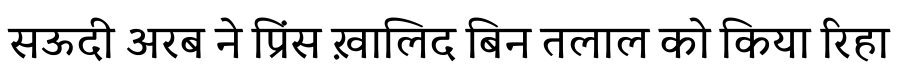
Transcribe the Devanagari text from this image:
सऊदी अरब ने प्रिंस ख़ालिद बिन तलाल को किया रिहा